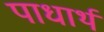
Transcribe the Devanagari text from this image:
पाधार्थ